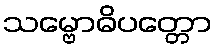
သမ္ဗောဓိပတ္တော